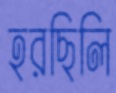
হরছিলি